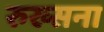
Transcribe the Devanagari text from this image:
रुख्सना